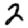
Digit: 2